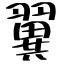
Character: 翼